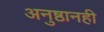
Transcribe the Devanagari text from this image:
अनुष्ठानही